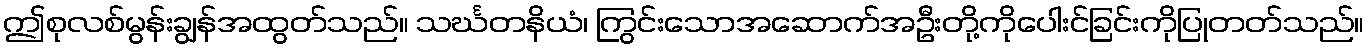
ဤစုလစ်မွန်းချွန်အထွတ်သည်။ သင်္ဃတနိယံ၊ ကြွင်းသောအဆောက်အဦးတို့ကိုပေါးင်ခြင်းကိုပြုတတ်သည်။